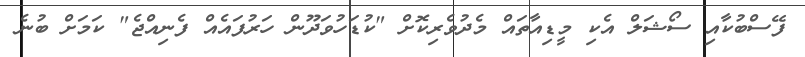
ފޭސްބުކާއި ސޯޝަލް އެކި މީޑިއާތައް މެދުވެރިކޮށް "ކުޑަހުވަދޫން ހަރުފައެއް ފެނިއްޖެ" ކަމަށް ބުނެ